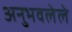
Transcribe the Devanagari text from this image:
अनुभवलेले